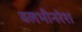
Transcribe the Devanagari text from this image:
वलभीनरेश